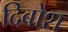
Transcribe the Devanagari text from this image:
दिबोश